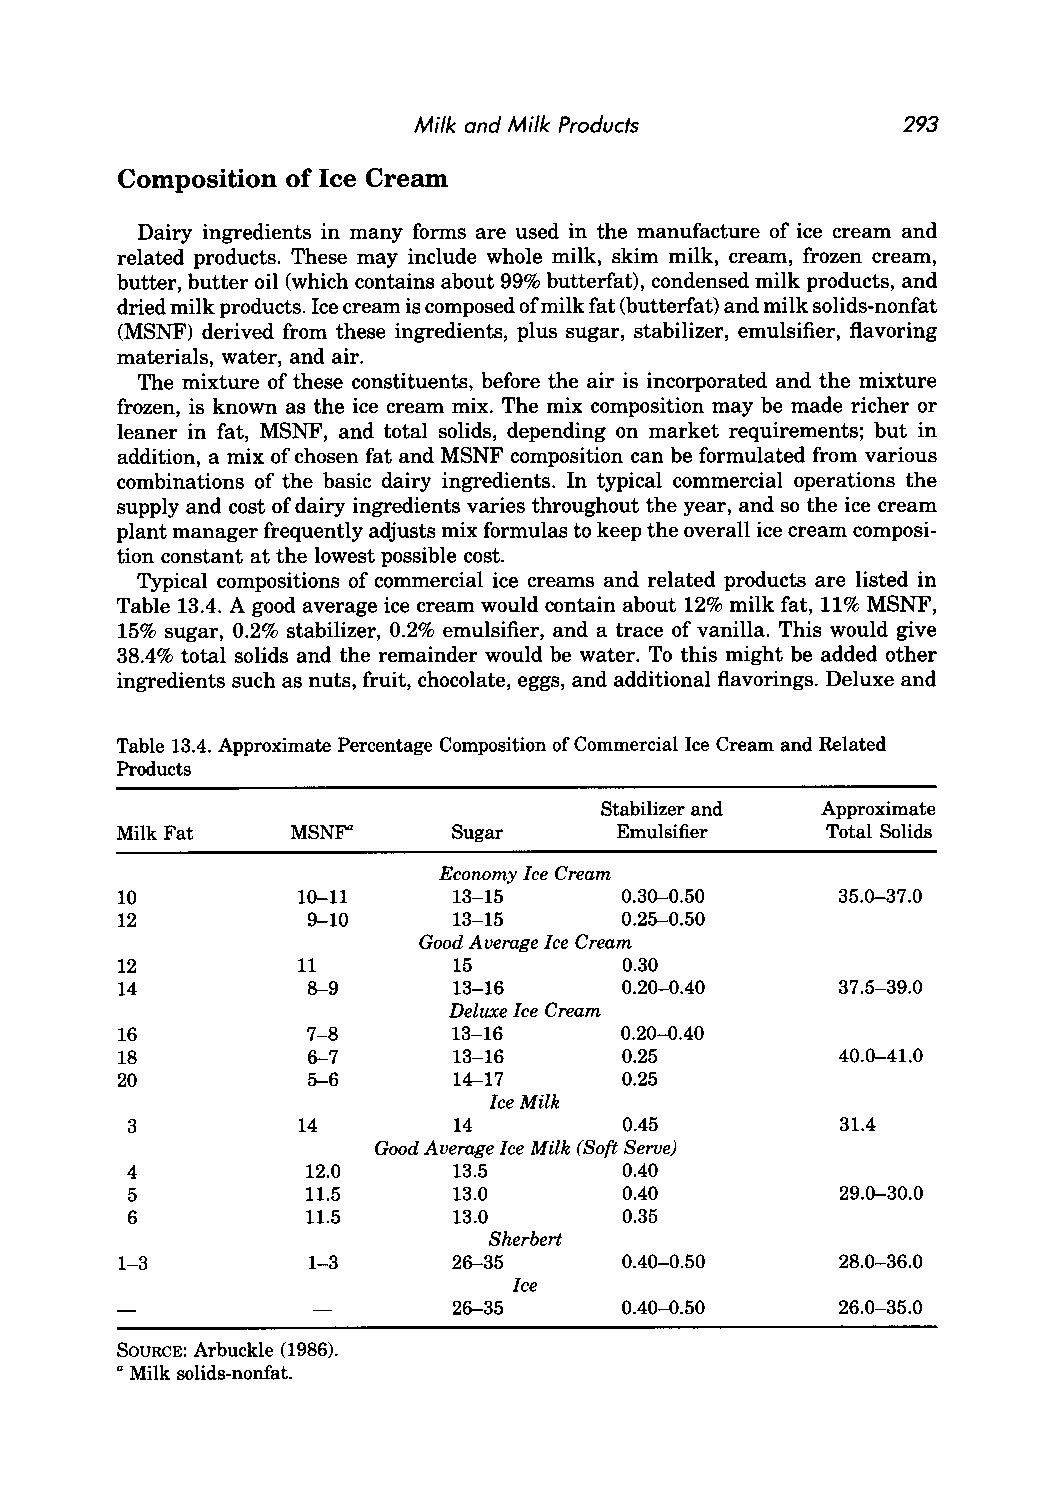
Milk and Milk Products          293
 Composition of Ice Cream
 Dairy ingredients in many forms are used in the manufacture of ice cream and
 related products. These may include whole milk, skim milk, cream, frozen cream,
 butter, butter oil (which contains about 99% butterfat), condensed milk products, and
 dried milk products. Ice cream is composed of milk fat (butterfat) and milk solids-nonfat
 (MSNF) derived from these ingredients, plus sugar, stabilizer, emulsifier, flavoring
 materials, water, and air.
 The mixture of these constituents, before the air is incorporated and the mixture
 frozen, is known as the ice cream mix. The mix composition may be made richer or
 leaner in fat, MSNF, and total solids, depending on market requirements; but in
 addition, a mix of chosen fat and MSNF composition can be formulated from various
 combinations of the basic dairy ingredients. In typical commercial operations the
 supply and cost of dairy ingredients varies throughout the year, and so the ice cream
 plant manager frequently adjusts mix formulas to keep the overall ice cream composi
 tion constant at the lowest possible cost.
 Typical compositions of commercial ice creams and related products are listed in
 Table 13.4. A good average ice cream would contain about 12% milk fat, 11% MSNF,
 15% sugar, 0.2% stabilizer, 0.2% emulsifier, and a trace of vanilla. This would give
 38.4% total solids and the remainder would be water. To this might be added other
 ingredients such as nuts, fruit, chocolate, eggs, and additional flavorings. Deluxe and
 Table 13.4. Approximate Percentage Composition of Commercial Ice Cream and Related
 Products
 Stabilizer and Approximate
 Milk Fat   MSNF"      Sugar      Emulsifier    Total Solids
 Ecorwmy Ice Cream
 10          10-11     13-15      0.30-0.50     35.0-37.0
 12          9-10      13-15      0.25--0.50
 Good Average Ice Cream
 12          11        15         0.30
 14          8--9      13-16      0.20-0.40     37.5--39.0
 Deluxe Ice Cream
 16          7-8       13-16      0.20-0.40
 18          6-7       13-16      0.25          40.0-41.0
 20          5--6      14-17      0.25
 Ice Milk
 3           14        14         0.45          31.4
 Good Average Ice Milk (Soft Serve)
 4           12.0      13.5       0.40
 5           11.5      13.0       0.40          29.0-30.0
 6           11.5      13.0       0.35
 Sherbert
 1-3         1-3       26-35      0.40-0.50     28.0-36.0
 Ice
 26-35      0.40-0.50     26.0-35.0
 SOURCE: Arbuckle (1986).
 Milk solids-nonfat.
 a